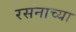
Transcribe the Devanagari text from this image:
रसनाच्या